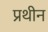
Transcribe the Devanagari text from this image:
प्रथीन